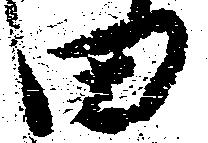
田